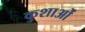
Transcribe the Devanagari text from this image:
कुशाओं